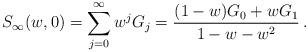
LaTeX: \begin{align*}S_\infty (w,0) = \sum_{j = 0}^\infty {w^j G_j } = \frac{{(1-w)G_0 + wG_1}}{{1 - w - w^2 }}\,.\end{align*}